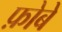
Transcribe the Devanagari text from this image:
फ़ोबे